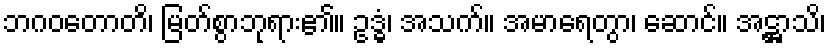
ဘဂဝတောတိ၊ မြတ်စွာဘုရား၏။ ဥဒ္ဓံ၊ အသက်။ အမာရေတွာ၊ ဆောင်။ အဋ္ဌာသိ၊